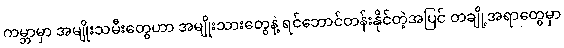
ကမ္ဘာမှာ အမျိုးသမီးတွေဟာ အမျိုးသားတွေနဲ့ ရင်ဘောင်တန်းနိုင်တဲ့အပြင် တချို့အရာတွေမှာ